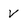
Character: V